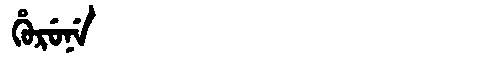
Manchu: ᡥᡠᡵᡠᠨᡝ
Romanization: HURUNE